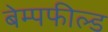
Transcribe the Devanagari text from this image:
बेम्पफील्ड